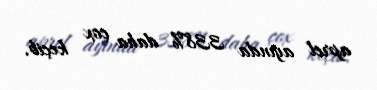
aprel ayında 338% daha çox keçib.